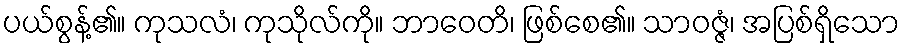
ပယ်စွန့်၏။ ကုသလံ၊ ကုသိုလ်ကို။ ဘာဝေတိ၊ ဖြစ်စေ၏။ သာဝဇ္ဇံ၊ အပြစ်ရှိသော